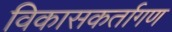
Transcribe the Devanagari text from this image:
विकासकर्तागण